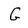
Character: G